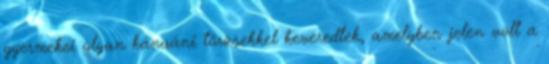
gyermekei olyan kánaáni törzsekkel keveredtek, amelyben jelen volt a